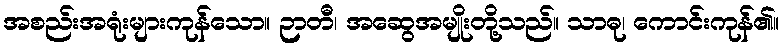
အစည်းအရုံးများကုန်သော။ ဉာတီ၊ အဆွေအမျိုးတို့သည်။ သာဓု၊ ကောင်းကုန်၏။